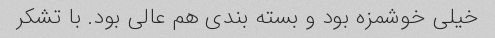
خیلی خوشمزه بود و بسته بندی هم عالی بود. با تشکر